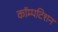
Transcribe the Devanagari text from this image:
कॉम्पटिशन